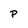
Character: p